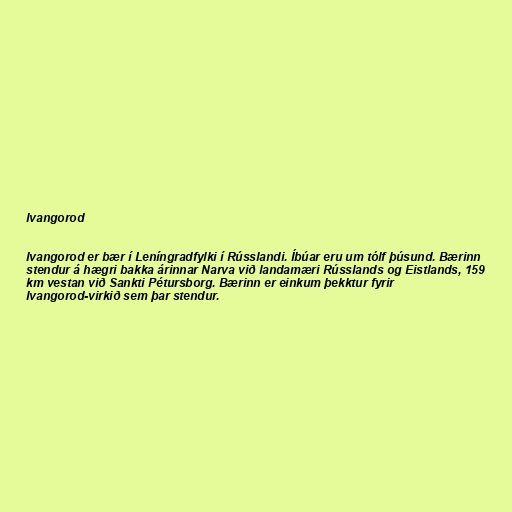
Ivangorod

Ivangorod er bær í Leníngradfylki í Rússlandi. Íbúar eru um tólf þúsund. Bærinn
stendur á hægri bakka árinnar Narva við landamæri Rússlands og Eistlands, 159
km vestan við Sankti Pétursborg. Bærinn er einkum þekktur fyrir
Ivangorod-virkið sem þar stendur.